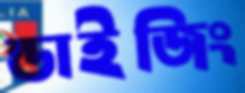
ন্ডাইজিং